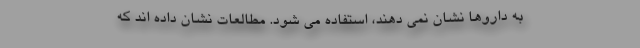
به داروها نشان نمی دهند، استفاده می شود. مطالعات نشان داده اند که